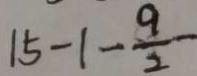
1 5 - 1 - \frac { 9 } { 2 } -